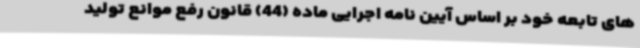
های تابعه خود بر اساس آیین نامه اجرایی ماده (44) قانون رفع موانع تولید